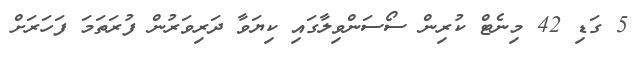
5 ގަޑި 42 މިނެޓް ކުރިން ސޯސަންވިލާގައި ކިޔަވާ ދަރިވަރުން ފުރަތަމަ ފަހަރަށް